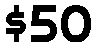
$50